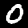
Label: 0